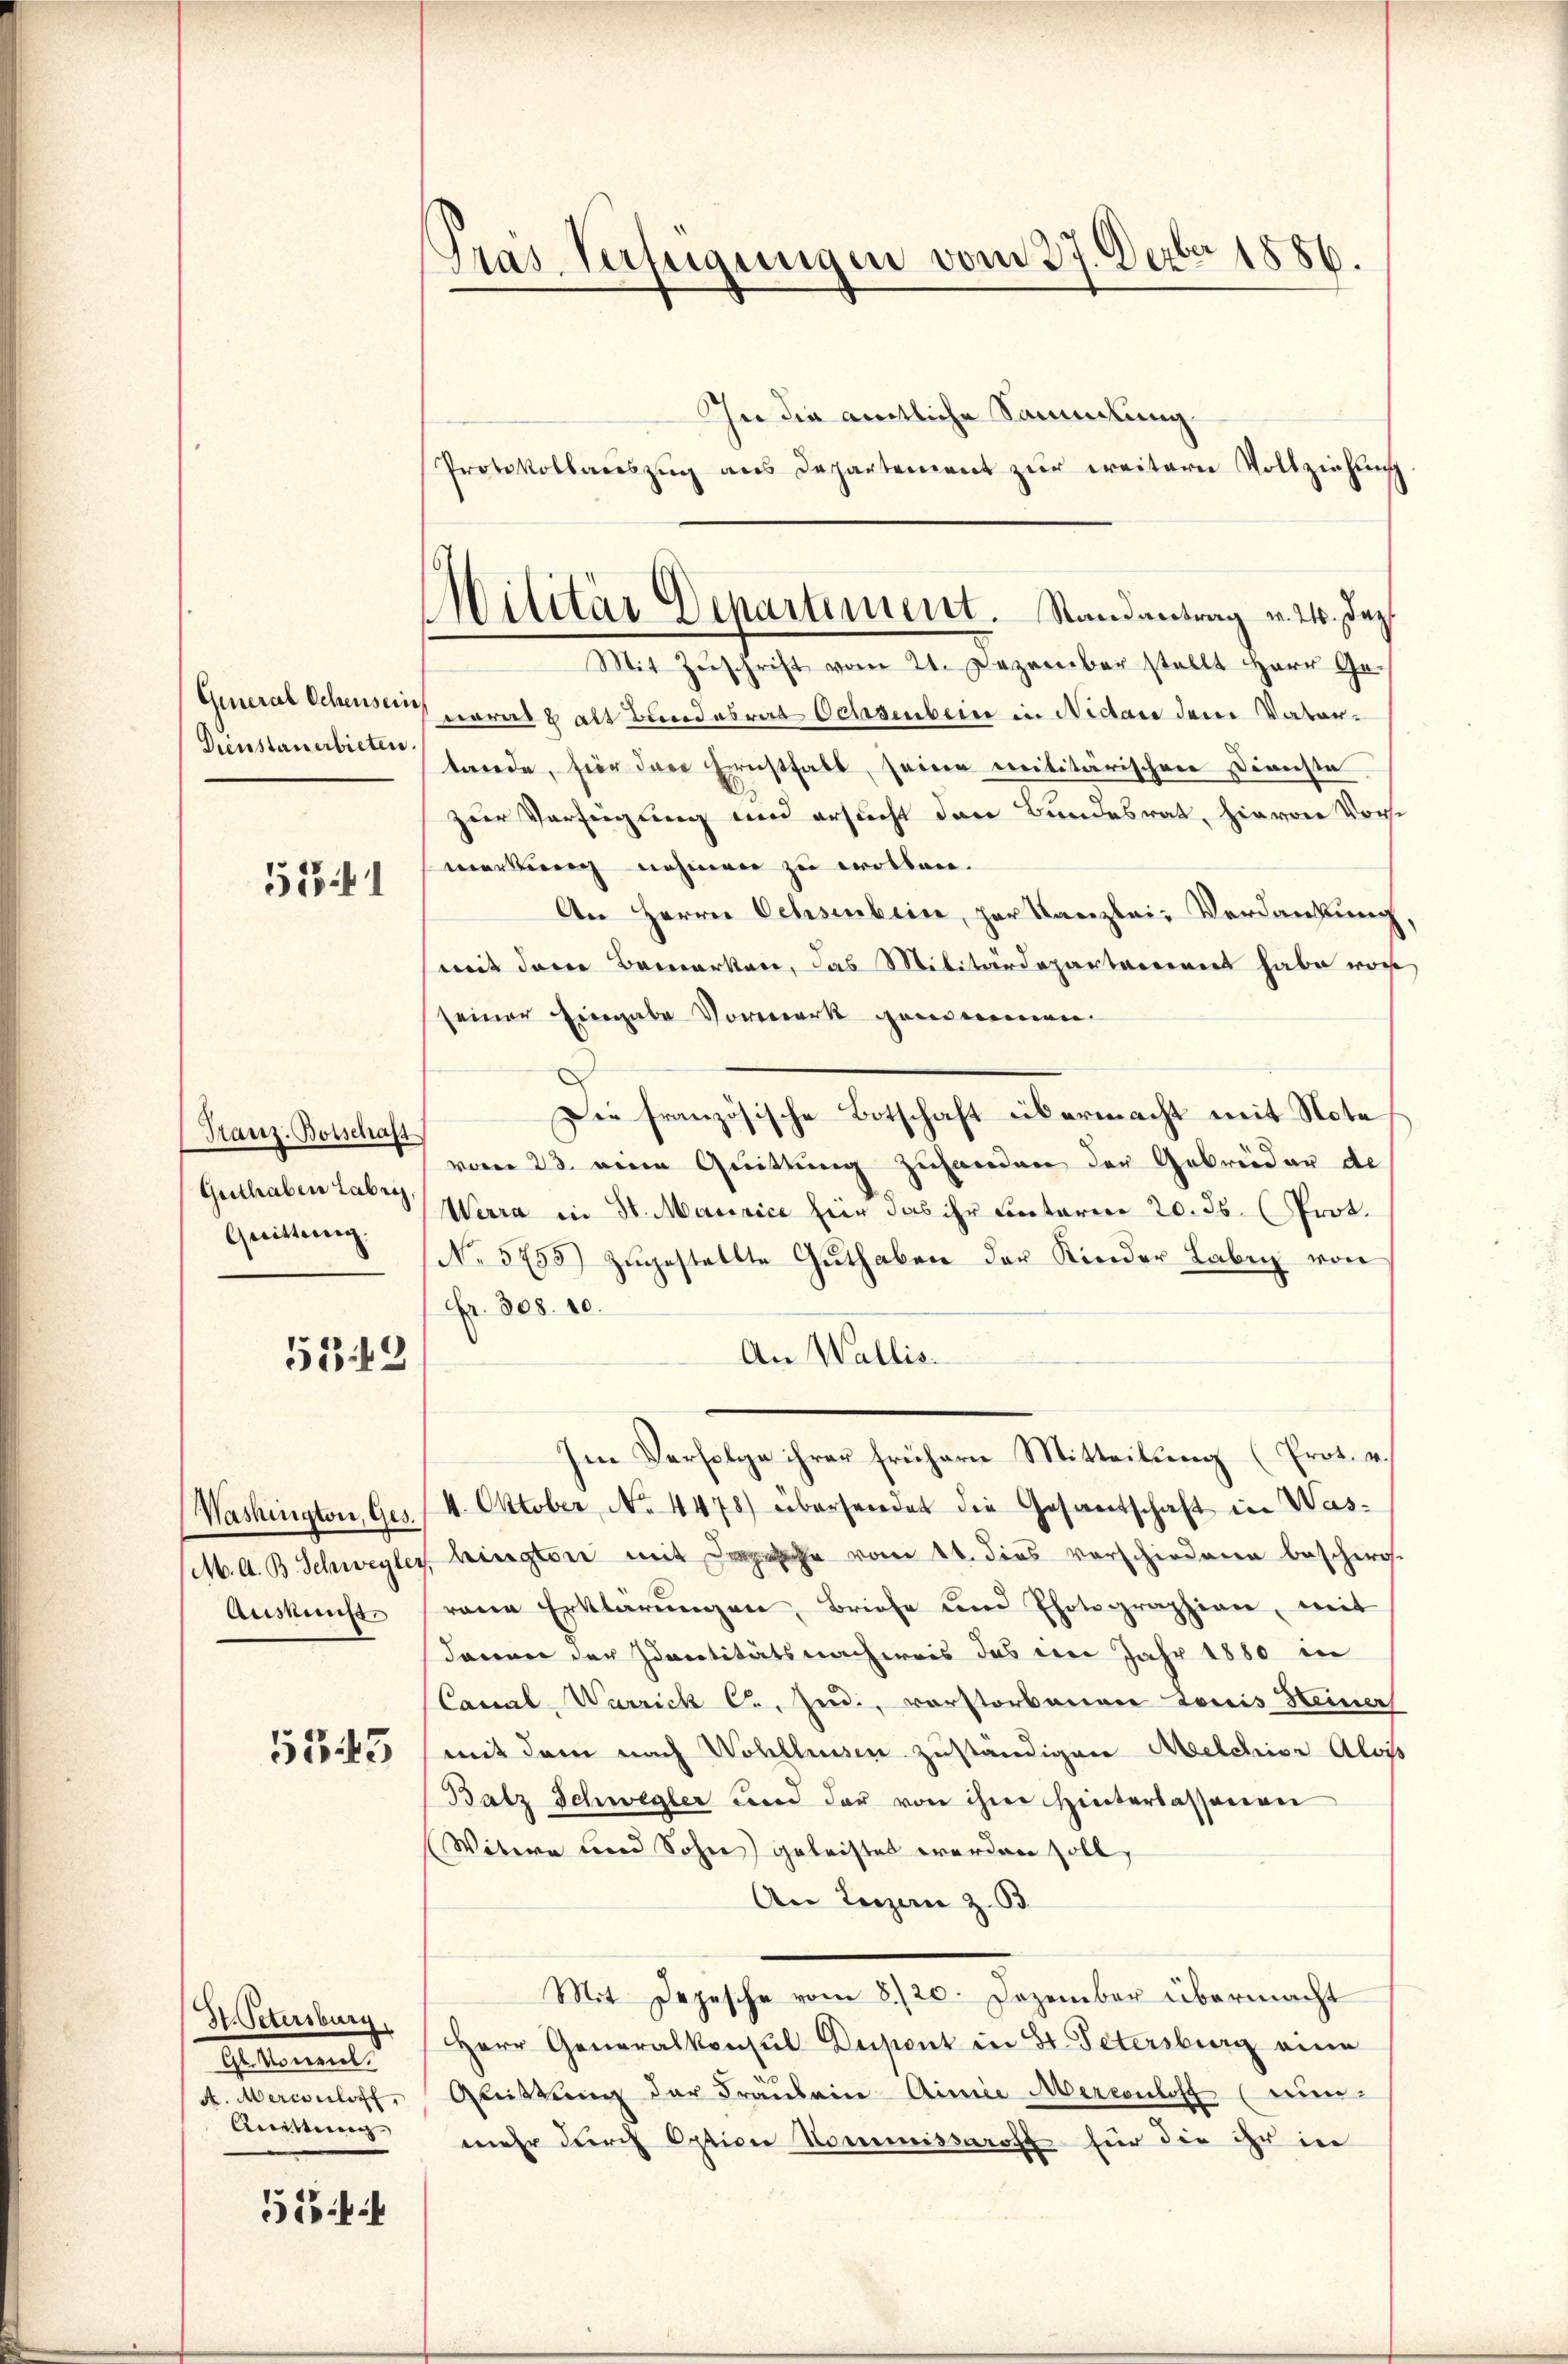
(General Schens ein
Dienstanerbieten.

571

Franz. Botschaft
Guthaben Labri,
Quittung.

5349

Auskunft.

533

Ht. Petersburg,
Gestament.
d. Sonnenliste
Knitten |

554

Gras Verfügungen vom 27. Dezbr 1886.

In die amtliche Sammlung
Protokollaŭszŭg ans Departement zŭr weitern Vollziehŭng
narall alt Bundesrat Ochsenbein in Nidau dem Vater-
tande, hier das Ernsthalt, seine militärischen Dienste
zur Verfügung und ersucht den Bundesrat, hievon Vormerkung nehmen zu wollen.
An Herrn Ochsenbein, per Kanzlei- Verdankung
mit dem Bemerken, das Militärdepartareinet habe war,
seiner Eingabe Vormerk genommen.
.
Die französische Botschaft übermacht mit Note
vom 23. eine Quittung zuhanden der Gebrüder de
Werra in St. Mairice hier das ihr Einterer 20. ds. (Prot.
No 5755) zŭgestellte Guthaben der Kinder Laben von
Fr. 308. 10.
An Wallis.
Im Verfolge ihrer frühern Mitteilung (Prot. u.
Washington, Ges. 4. Oktober No. 4478) übersendet die Gesantschaft in Was¬
M. A. B. Schweyler, hington mit Depesche vom 14. dies vorschiedene beschwo
rene Erklärungen, Briefe und Photographien, mit
davon der Identitätsnachweis das im Jahr 1880 in
Canal Warrich C., Indi, vorstorbenen Louis Heiner
mit dem nach Wohlhausen zuständigen Melchior Aloss
Batz Schwegler und der von ihre Hinterlassenen
(Witwe und Sohn geleistet werden soll,
An Lenzen z. 63
Mit Depesche vom 8./20. Dezember übermacht
Herr Generalkonsul Dupont in St. Petersburg eine
Quittung der Fräulein-Ainie Merconloff (nunmehr durch Option Commissaroff für die ihr in

Militär Departement. Randantrag v. 24. Dez.
Mit Zŭschrift vom 21. Dezember stellt Herr Ge-